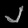
Digit: ၂